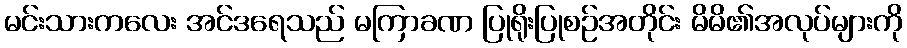
မင်းသားကလေး အင်ဒရေသည် မကြာခဏ ပြုရိုးပြုစဉ်အတိုင်း မိမိ၏အလုပ်များကို